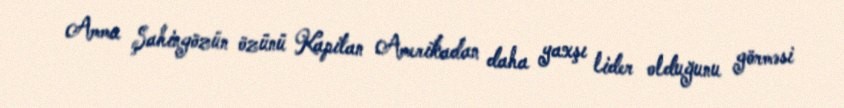
Amma Şahingözün özünü Kapitan Amerikadan daha yaxşı lider olduğunu görməsi